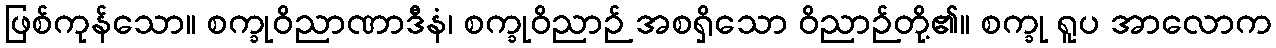
ဖြစ်ကုန်သော။ စက္ခုဝိညာဏာဒီနံ၊ စက္ခုဝိညာဉ် အစရှိသော ဝိညာဉ်တို့၏။ စက္ခု ရူပ အာလောက